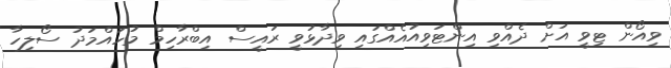
ވިއޯން ޓިވީ އަށް ދެއްވި އިންޓަވިއުއެއްގައި ވިދާޅުވީ ރައީސް އިބްރާހިމް މުހައްމަދު ސޯލިހާ